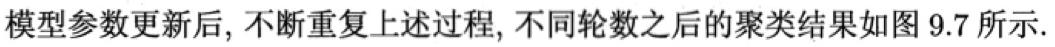
模型参数更新后, 不断重复上述过程, 不同轮数之后的聚类结果如图 9.7 所示.